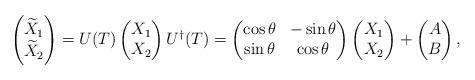
LaTeX: \begin{align*}\begin{pmatrix}\widetilde{X}_1\\\widetilde{X}_2\end{pmatrix}=U(T)\begin{pmatrix}X_1\\X_2\end{pmatrix}U^{\dagger}(T)=\begin{pmatrix}\cos \theta & -\sin \theta\\\sin \theta & \cos \theta\end{pmatrix}\begin{pmatrix}X_1\\X_2\end{pmatrix}+\begin{pmatrix}A\\B\end{pmatrix},\end{align*}